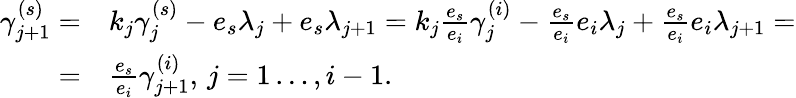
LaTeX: \begin{array}{rl}{\gamma_{j+1}^{(s)}=}&{k_{j}\gamma_{j}^{(s)}-e_{s}\lambda_{j}+e_{s}\lambda_{j+1}=k_{j}\frac{e_{s}}{e_{i}}\gamma_{j}^{(i)}-\frac{e_{s}}{e_{i}}e_{i}\lambda_{j}+\frac{e_{s}}{e_{i}}e_{i}\lambda_{j+1}=}\\ {=}&{\frac{e_{s}}{e_{i}}\gamma_{j+1}^{(i)},\, j=1\ldots,i-1.}\end{array}